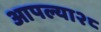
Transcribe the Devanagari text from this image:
आपल्या२८